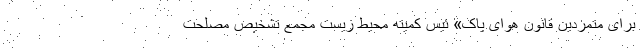
برای متمردین قانون هوای پاک» ئیس کمیته محیط زیست مجمع تشخیص مصلحت